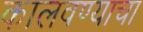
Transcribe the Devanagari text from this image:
कालवण्याचा